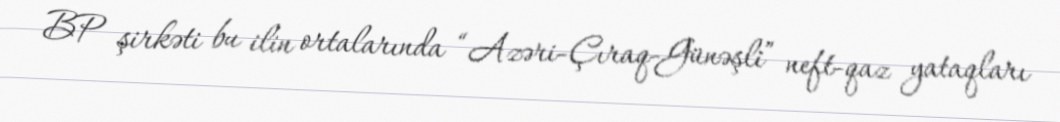
BP şirkəti bu ilin ortalarında “Azəri-Çıraq-Günəşli” neft-qaz yataqları